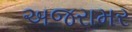
અજરામર